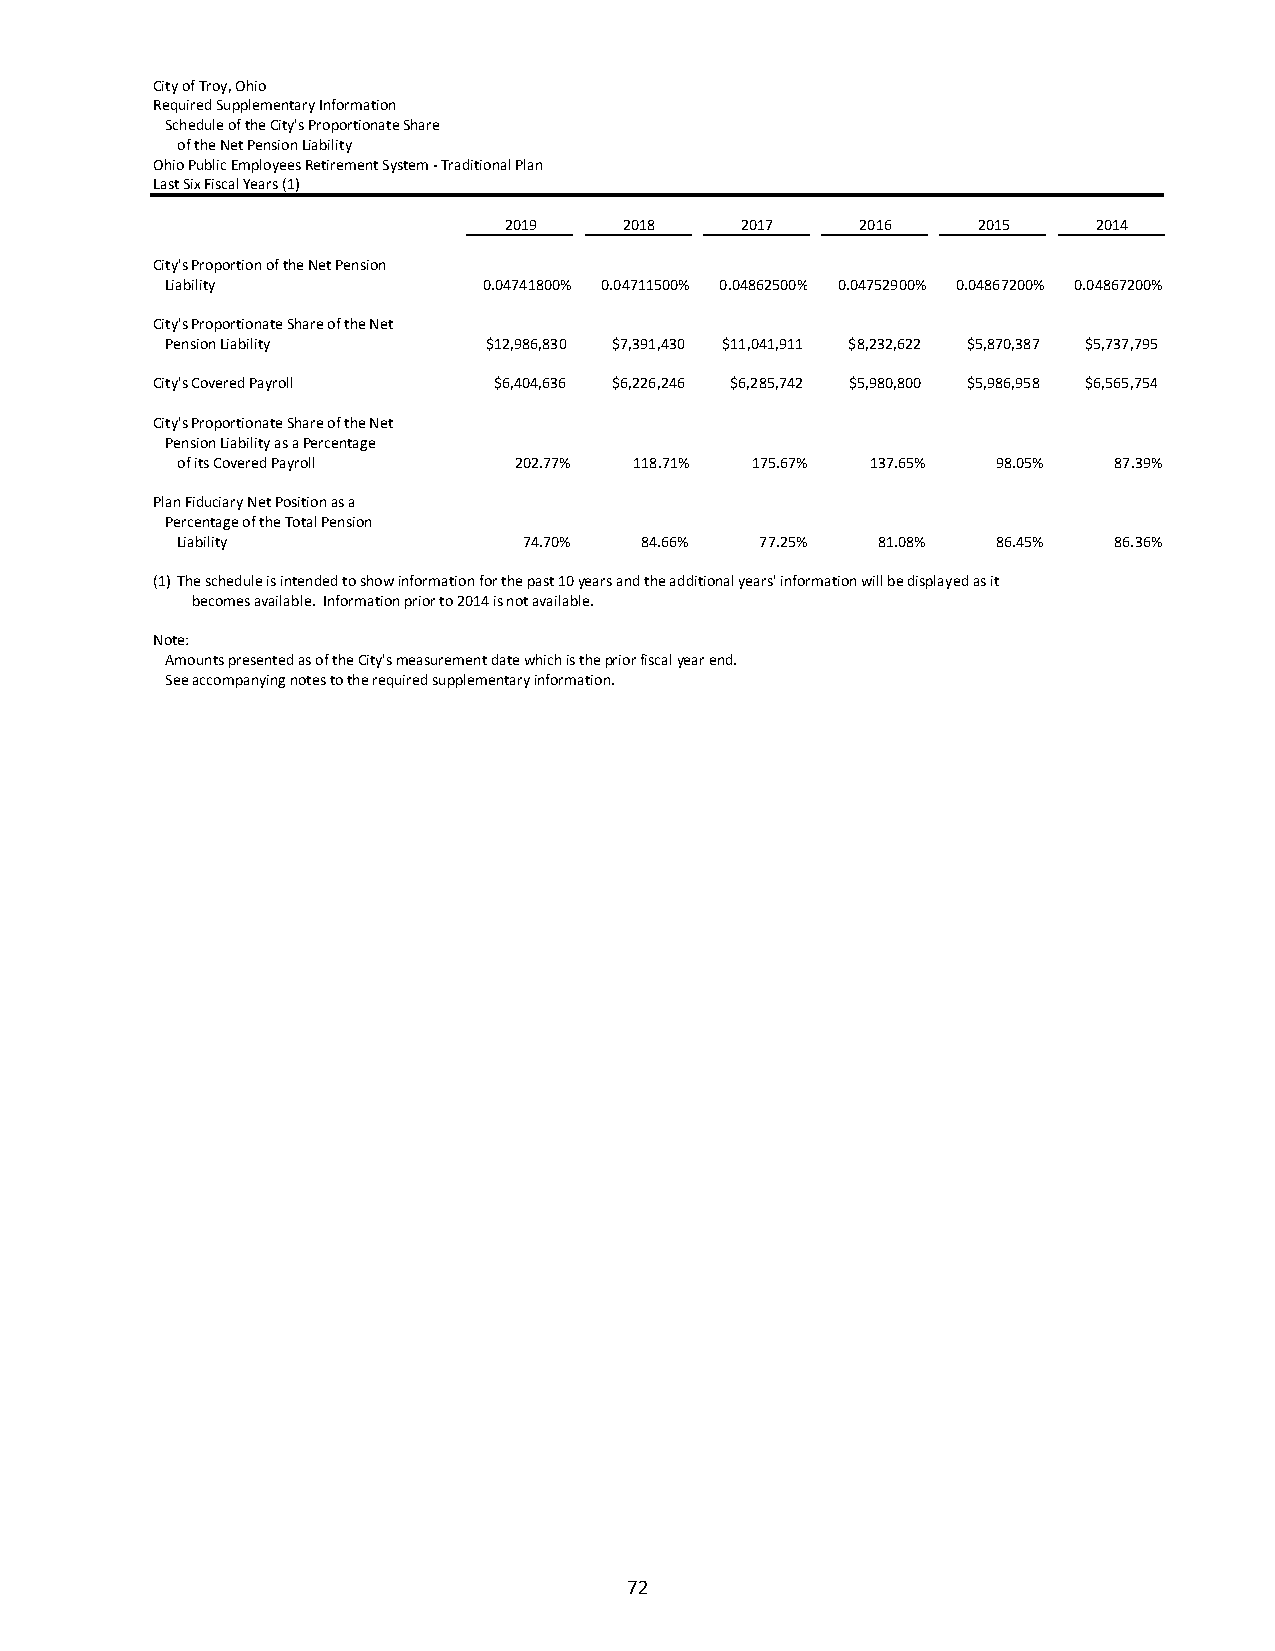
City of Troy, Ohio
 Required Supplementary Information
 Schedule of the City's Proportionate Share
 of the Net Pension Liability
 Ohio Public Employees Retirement System ‐ Traditional Plan
 Last Six Fiscal Years (1)
 2019    2018    2017    2016    2015    2014
 City's Proportion of the Net Pension
 Liability            0.04741800% 0.04711500% 0.04862500% 0.04752900% 0.04867200% 0.04867200%
 City's Proportionate Share of the Net
 Pension Liability    $12,986,830 $7,391,430 $11,041,911 $8,232,622 $5,870,387 $5,737,795
 City's Covered Payroll $6,404,636 $6,226,246 $6,285,742 $5,980,800 $5,986,958 $6,565,754
 City's Proportionate Share of the Net
 Pension Liability as a Percentage
 of its Covered Payroll 202.77% 118.71% 175.67% 137.65% 98.05% 87.39%
 Plan Fiduciary Net Position as a
 Percentage of the Total Pension
 Liability              74.70% 84.66%  77.25%  81.08%  86.45%  86.36%
 (1)The schedule is intended to show information for the past 10 years and the additional years' information will be displayed as it
 becomes available. Information prior to 2014 is not available.
 Note:
 Amounts presented as of the City's measurement date which is the prior fiscal year end.
 See accompanying notes to the required supplementary information.
 72